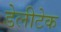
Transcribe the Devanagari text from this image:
डेलीटेक